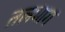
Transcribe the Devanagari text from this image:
तलभाग